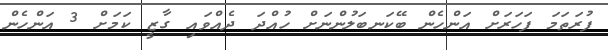
ފުރަތަމަ ފަހަރަށް އަންހެން ބޭކަނބަލުންނަށް ހުއްދަ ދެއްވައި ގާޒީ ކަމަށް 3 އަންހެން